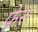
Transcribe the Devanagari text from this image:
फेरु